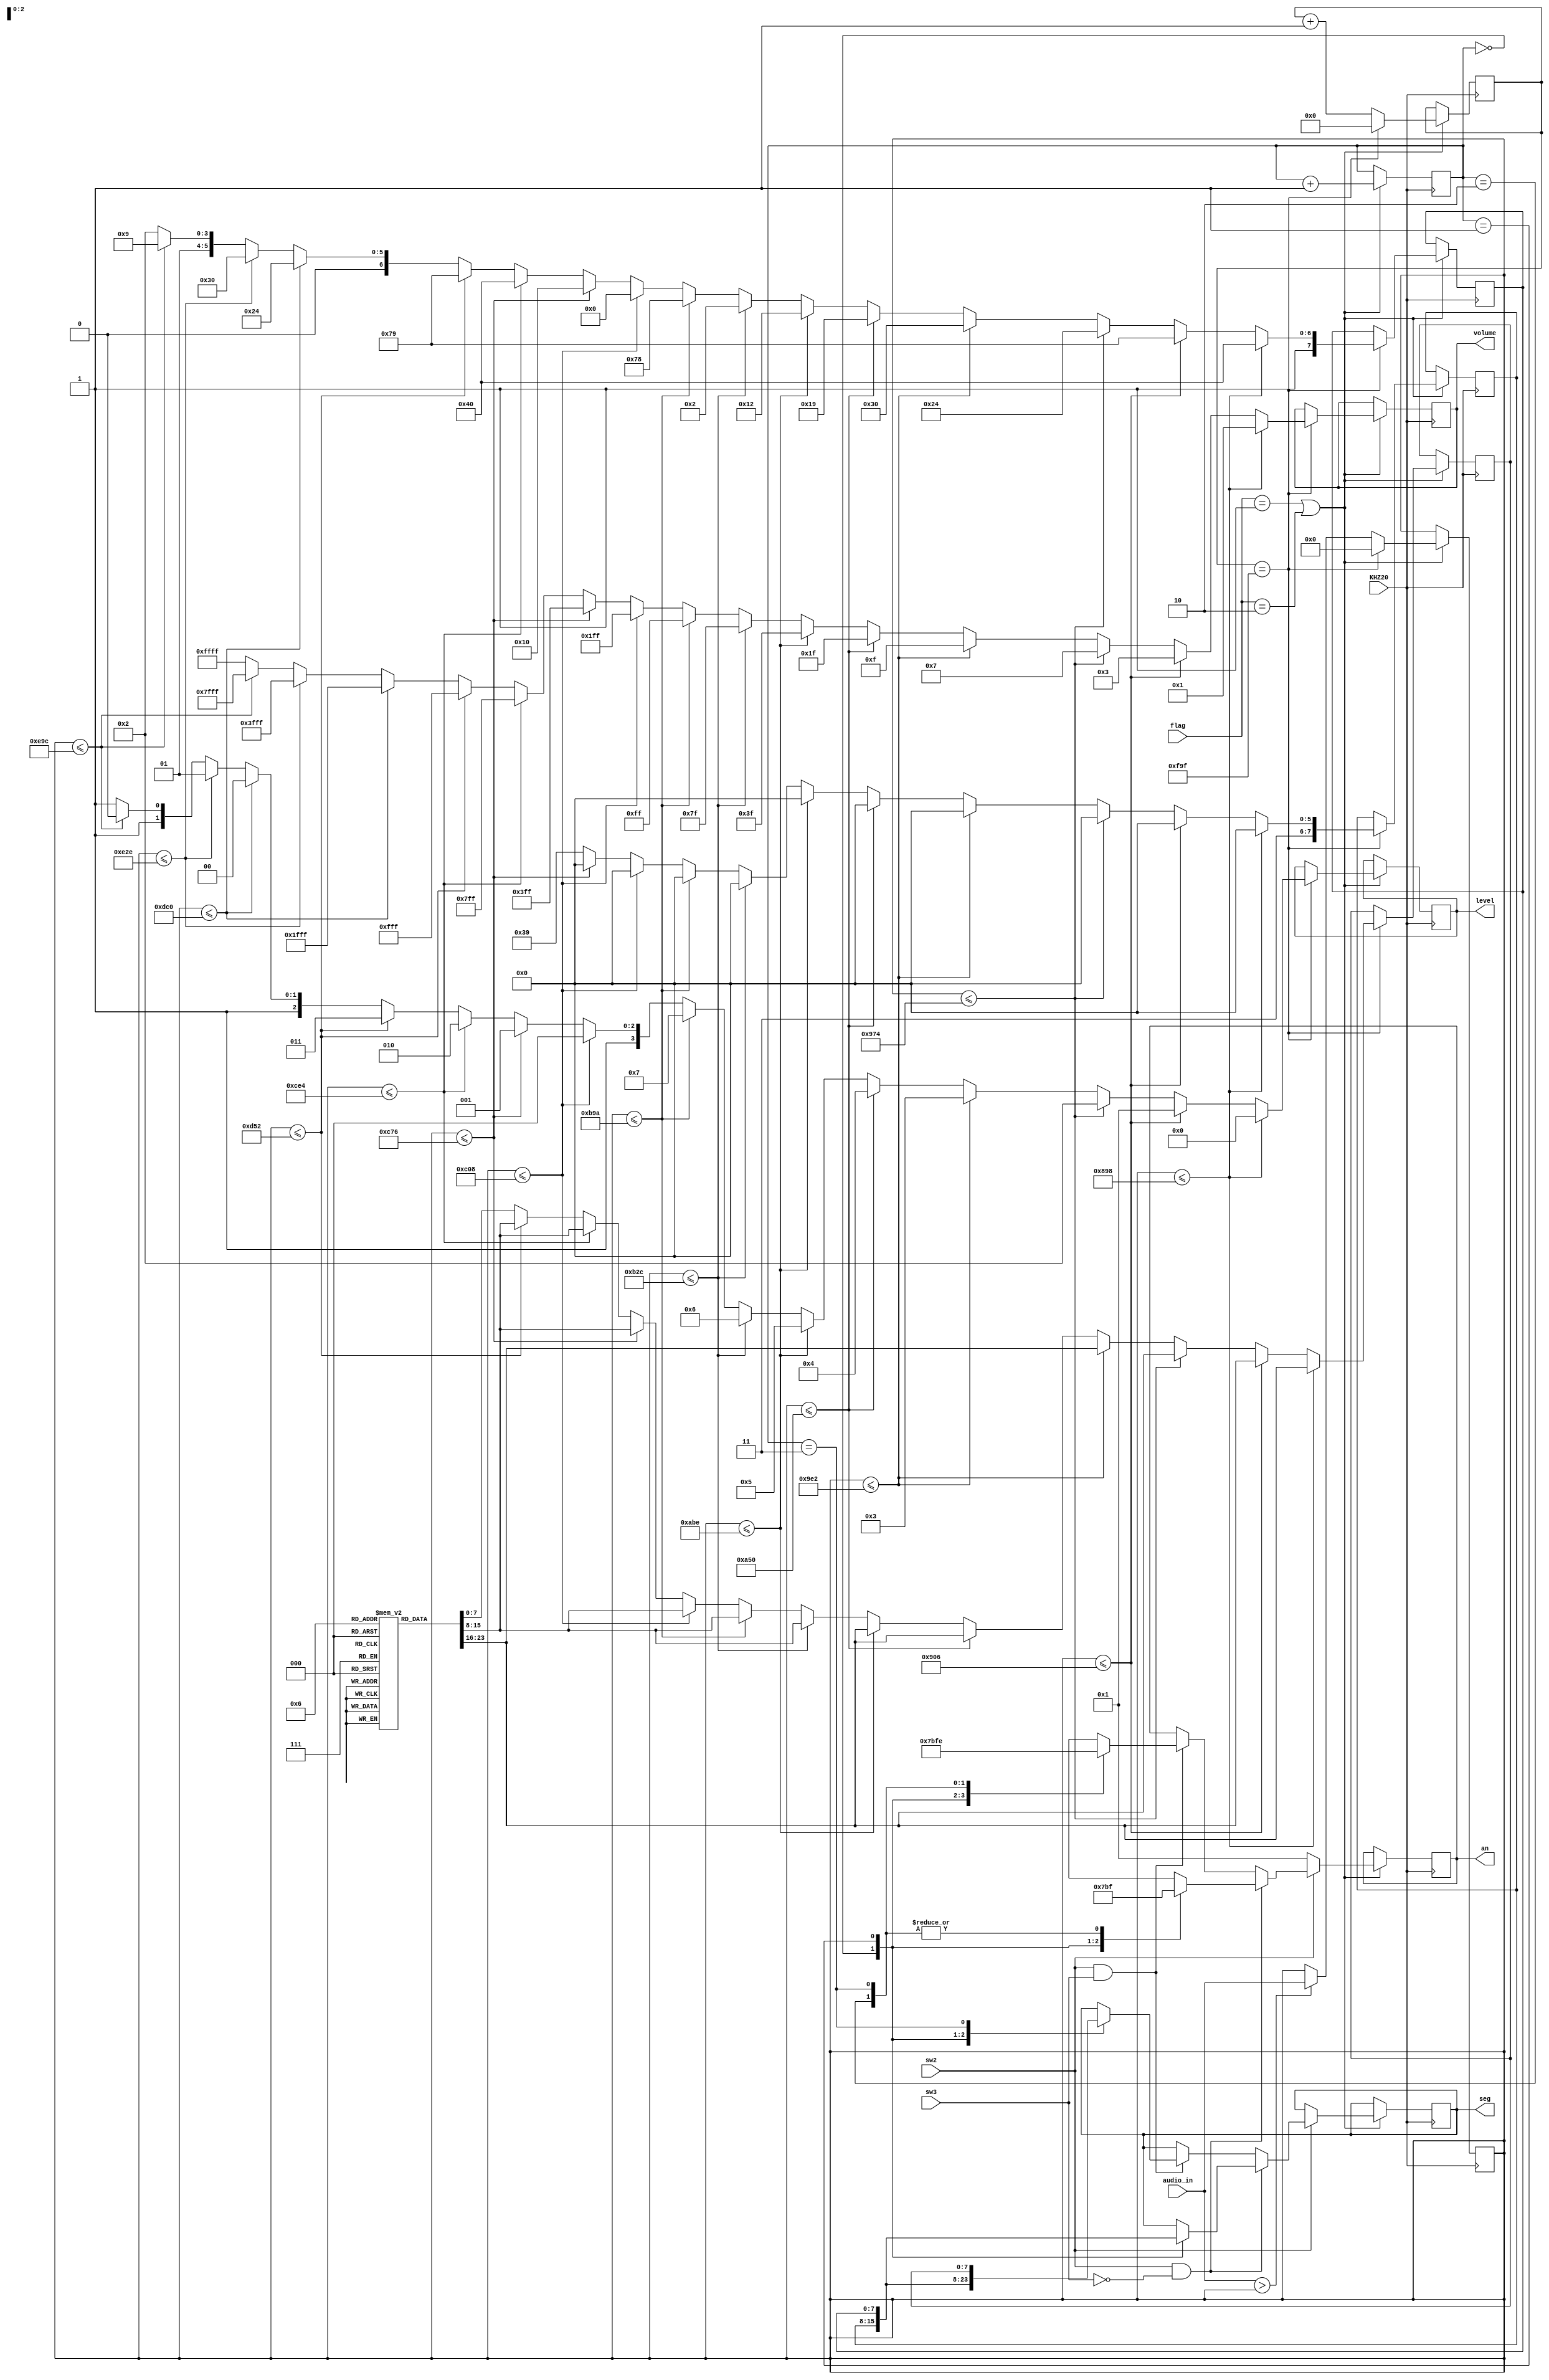
`timescale 1ns / 1ps
//////////////////////////////////////////////////////////////////////////////////
// Company: 
// Engineer: 
// 
// Design Name: 
// Module Name: Volume_Indicator
// Project Name: 
// Target Devices: 
// Tool Versions: 
// Description: 
// 
// Dependencies: 
// 
// Revision:
// Revision 0.01 - File Created
// Additional Comments:
// 
//////////////////////////////////////////////////////////////////////////////////


module Volume_Indicator( 
    input sw2,
    input sw3,
    input [3:0] flag,
    input KHZ20,
    input [11:0] audio_in,
    output reg [15:0] volume,
    output reg [3:0] an,
    output reg [7:0] seg,
    output reg [3:0] level
    );
    
    reg [7:0] seg1;
    reg [7:0] seg2_3;
    reg [7:0] seg2_2;
    reg [7:0] volume_level [2:0];
    reg [11:0] sample;
    reg [31:0] freq2p5;
    reg [1:0] switcher;
    initial begin
        volume[15:0] = 16'b0;   //0 for now
        seg[7:0] = 8'b11111111;     //off 7 seg first
        volume_level[2] = 8'b10001001;  // H
        volume_level[1] = 8'b11101010;  //M
        volume_level[0] = 8'b11000111;  //L
        sample[11:0] = 12'b0;   //0 for now
        freq2p5[31:0] = 32'b0;   //counter start @ 0
        level = 4'b0;
    end
    
    always @ (posedge KHZ20) begin  
        if (flag == 4'd1 || flag == 4'd2) begin
        freq2p5 <= freq2p5 + 1;
        switcher <= switcher + 1;
        
        if (audio_in[11:0] > sample[11:0]) 
            sample[11:0] <= audio_in;   //keep looking for the peak max:4095
        
        if ((freq2p5 == 3999)) begin
            if (sample[11:0] <= 12'd2200    ) begin
                
                seg1[7:0] <= volume_level[0];
                seg2_3[7:0] <= 8'b11000000;
                seg2_2[7:0] <= 8'b11000000;
                level <= 4'd0;
                volume <= 16'b0000000000000001;
               
            end
            else if (sample[11:0] <= 12'd2310    ) begin
                seg1[7:0] <= volume_level[0];
                seg2_3[7:0] <= 8'b11000000;
                seg2_2[7:0] <= 8'b11111001;
                level <= 4'd1;
                volume <= 16'b0000000000000011;
             
            end
            else if (sample[11:0] <= 12'd2420   ) begin
                seg1[7:0] <= volume_level[0];
                seg2_3[7:0] <= 8'b11000000;
                                seg2_2[7:0] <= 8'b10100100;
                level <= 4'd2;
                volume <= 16'b0000000000000111;//2
            end
            else if (sample[11:0] <= 12'd2530   ) begin
                seg1[7:0] <= volume_level[0];
                seg2_3[7:0] <= 8'b11000000;
                                seg2_2[7:0] <= 8'b10110000;
                level <= 4'd3;
                volume <= 16'b0000000000001111;//3
            end
            else if (sample[11:0] <= 12'd2640   ) begin
                seg1[7:0] <= volume_level[0];
                seg2_3[7:0] <= 8'b11000000;
                                seg2_2[7:0] <= 8'b10011001;
                level <= 4'd4;
                volume <= 16'b0000000000011111;//4
            end
            else if (sample[11:0] <= 12'd2750   ) begin
                seg1[7:0] <= volume_level[0];
                seg2_3[7:0] <= 8'b11000000;
                                seg2_2[7:0] <= 8'b10010010;
                level <= 4'd5;
                volume <= 16'b0000000000111111;//5
            end
            else if (sample[11:0] <= 12'd2860   ) begin
                seg1[7:0] <= volume_level[1];
                seg2_3[7:0] <= 8'b11000000;
                                seg2_2[7:0] <= 8'b10000010;
                level <= 4'd6;
                volume <= 16'b0000000001111111;//6
            end
            else if (sample[11:0] <= 12'd2970   ) begin
                seg1[7:0] <= volume_level[1];
                seg2_3[7:0] <= 8'b11000000;
                                seg2_2[7:0] <= 8'b11111000;//7
                level <= 4'd7;
                volume <= 16'b0000000011111111;
            end
            else if (sample[11:0] <= 12'd3080   ) begin
                seg1[7:0] <= volume_level[1];
                seg2_3[7:0] <= 8'b11000000;
                                seg2_2[7:0] <= 8'b10000000;//8
                level <= 4'd8;
                volume <= 16'b0000000111111111;
            end
            else if (sample[11:0] <= 12'd3190   ) begin
                seg1[7:0] <= volume_level[1];
                seg2_3[7:0] <= 8'b11000000;
                                seg2_2[7:0] <= 8'b10010000;//9
                level <= 4'd9;
                volume <= 16'b0000001111111111;
            end
            else if (sample[11:0] <= 12'd3300   ) begin
                seg1[7:0] <= volume_level[1];
                seg2_3[7:0] <= 8'b11111001;
                                seg2_2[7:0] <= 8'b11000000;//10
                level <= 4'd10;
                volume <= 16'b0000011111111111;
            end
            else if (sample[11:0] <= 12'd3410   ) begin
                seg1[7:0] <= volume_level[1];
                seg2_3[7:0] <= 8'b11111001;
                                                seg2_2[7:0] <= 8'b11111001;//11
                level <= 4'd11;
                volume <= 16'b0000111111111111;
            end
            else if (sample[11:0] <= 12'd3520   ) begin
                seg1[7:0] <= volume_level[2];
                seg2_3[7:0] <= 8'b11111001;
                                                seg2_2[7:0] <= 8'b10100100;//12
                level <= 4'd12;
                volume <= 16'b0001111111111111;
            end
            else if (sample[11:0] <= 12'd3630   ) begin
                seg1[7:0] <= volume_level[2];
                seg2_3[7:0] <= 8'b11111001;
                                                seg2_2[7:0] <= 8'b10110000;//13
                level <= 4'd13;
                volume <= 16'b0011111111111111;
            end
            else if (sample[11:0] <= 12'd3740   ) begin
                seg1[7:0] <= volume_level[2];
                seg2_3[7:0] <= 8'b11111001;
                                                seg2_2[7:0] <= 8'b10011001;//14
                level <= 4'd14;
                volume <= 16'b0111111111111111;
            end
                
            else begin
                seg1[7:0] <= volume_level[2];
                seg2_3[7:0] <= 8'b11111001;
                                                seg2_2[7:0] <= 8'b10010010;//15
                level <= 4'd15;
                volume <= 16'b1111111111111111;
            end
                
            freq2p5 <= 0;
            sample <= 12'b0;
        end
        
        if (sw2 == 0) begin
            an <= 1;
            
        end
        else if (sw2 == 1 && sw3 == 0) begin
            case (switcher)
                2'b00: begin
                    an[3:0] <= 4'b0111;
                    seg[7:0] <= seg2_3[7:0];
                    end
                2'b01: begin
                    an[3:0] <= 4'b1011;
                    seg[7:0] <= seg2_2[7:0];
                    end
                2'b10: begin
                    an[3:0] <= 4'b1111;
                    end
                2'b11: begin
                    an[3:0] <= 4'b1111;
                    end
            endcase
                
            end
            else if (sw2 == 1 && sw3 == 1) begin
                case (switcher)
                            2'b00: begin
                                an[3:0] <= 4'b0111;
                                seg[7:0] <= seg2_3[7:0];
                                end
                            2'b01: begin
                                an[3:0] <= 4'b1011;
                                seg[7:0] <= seg2_2[7:0];
                                end
                            2'b10: begin
                                an[3:0] <= 4'b1111;
                                
                                end
                            2'b11: begin
                                an[3:0] <= 4'b1110;
                                seg[7:0] <= seg1[7:0];
                                end
                                endcase
            end
                
            
        end
    end
                   
endmodule